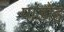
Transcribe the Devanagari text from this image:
पांडोह